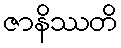
ဇာနိဿတိ